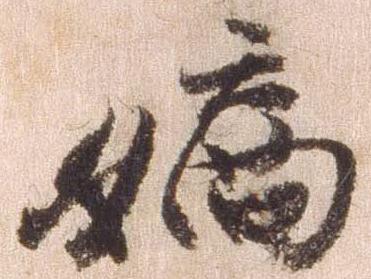
嫡